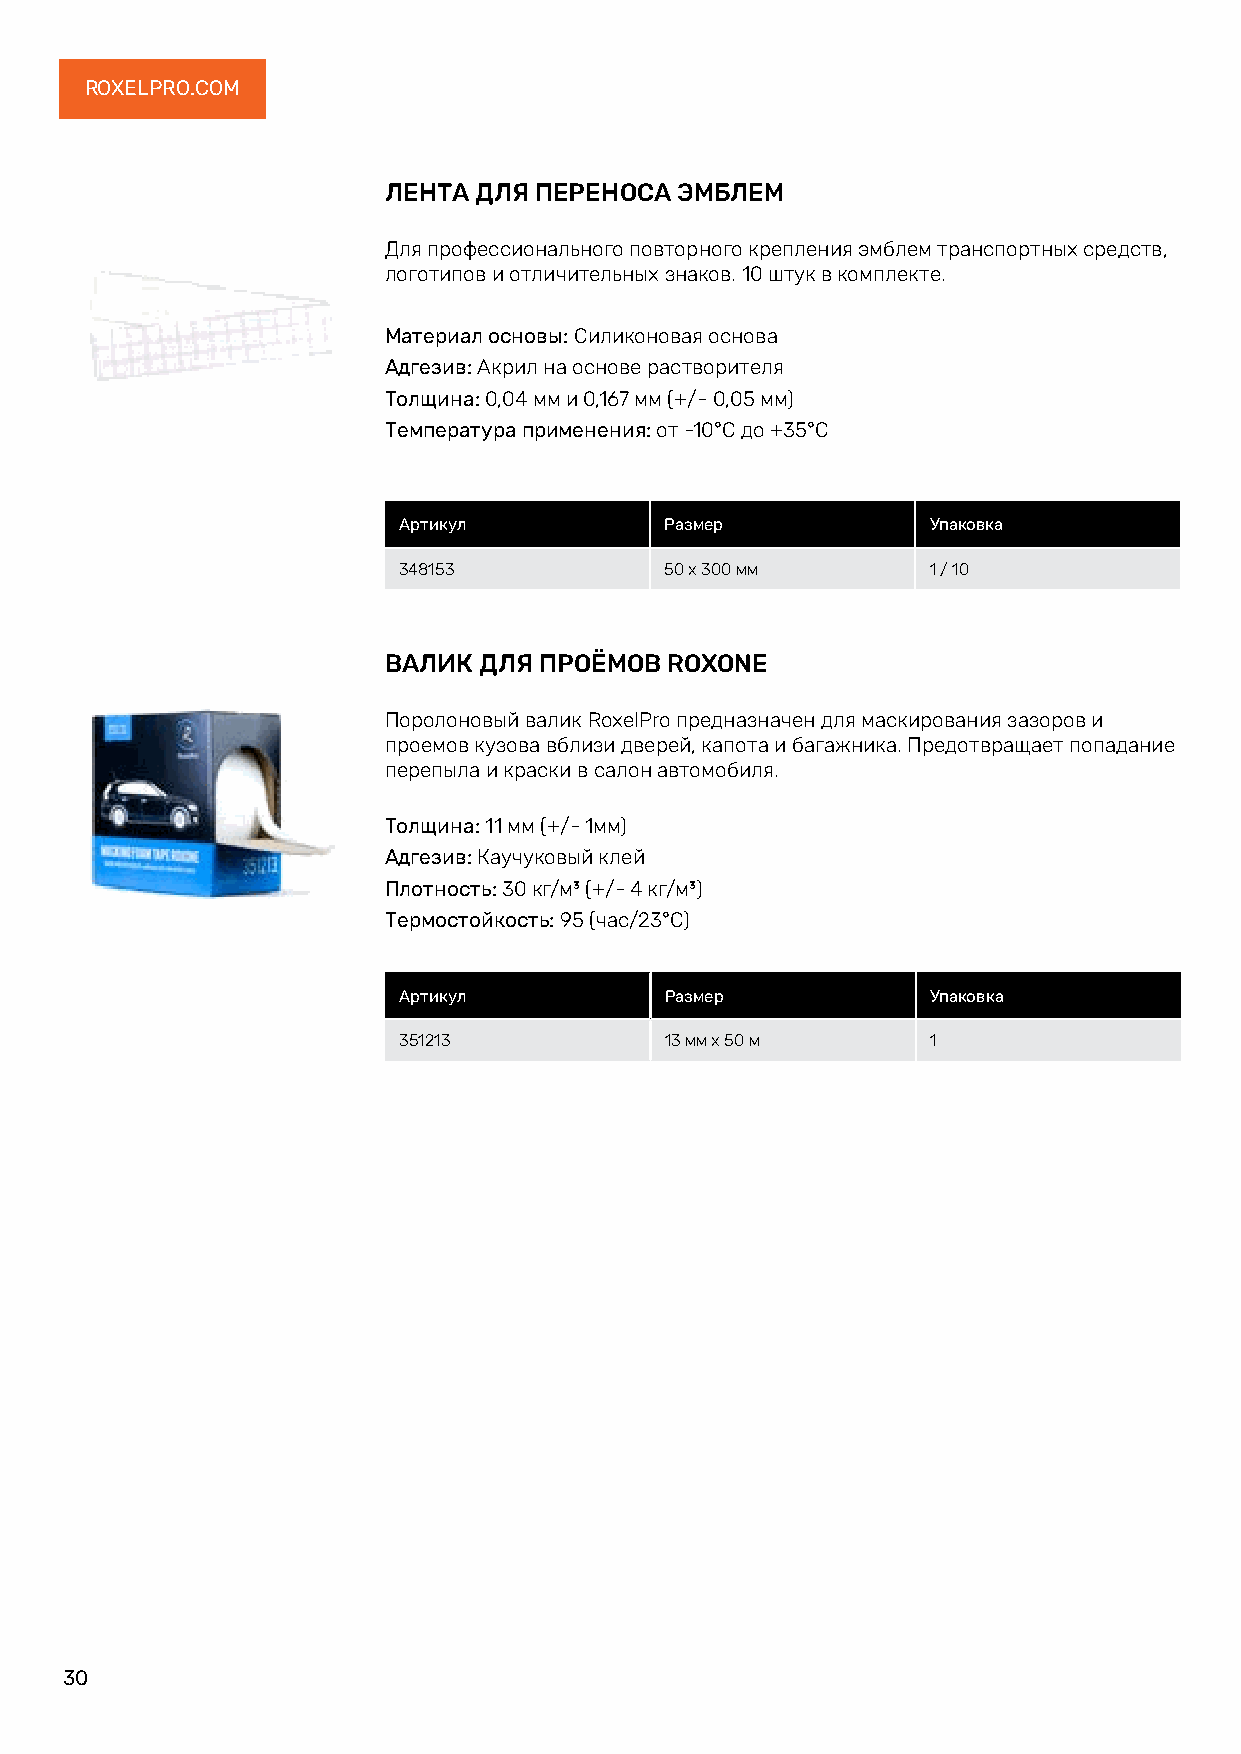
ROXELPRO.COM
 ЛЕНТА ДЛЯ ПЕРЕНОСА  ЭМБЛЕМ
 Для профессионального повторного крепления эмблем транспортных средств,
 логотипов и отличительных знаков. 10 штук в комплекте.
 Материал основы: Силиконовая основа
 Адгезив: Акрил на основе растворителя
 Толщина: 0,04 мм и 0,167 мм (+/- 0,05 мм)
 Температура применения: от -10°C до +35°C
 Артикул           Размер            Упаковка
 348153            50 х 300 мм       1 / 10
 ВАЛИК  ДЛЯ ПРОЁМОВ ROXONE
 Поролоновый валик RoxelPro предназначен для маскирования зазоров и
 проемов кузова вблизи дверей, капота и багажника. Предотвращает попадание
 перепыла и краски в салон автомобиля.
 Толщина: 11 мм (+/- 1мм)
 Адгезив: Каучуковый клей
 Плотность: 30 кг/м³ (+/- 4 кг/м³)
 Термостойкость: 95 (час/23°C)
 Артикул           Размер            Упаковка
 351213            13 мм х 50 м      1
 30